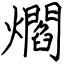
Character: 爓